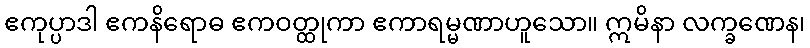
ဧကုပ္ပာဒါ ဧကနိရောဓ ဧကဝတ္ထုကာ ဧကာရမ္မဏာဟူသော။ ဣမိနာ လက္ခဏေန၊